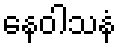
နေဝါသနံ